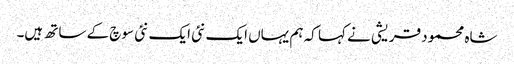
شاہ محمود قریشی نے کہا کہ ہم یہاں ایک نئی ایک نئی سوچ کے ساتھ ہیں۔